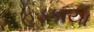
હડકાયા